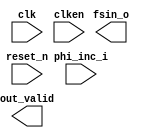
// Generated by NCO 12.1 [Altera, IP Toolbench 1.3.0 Build 177]
// ************************************************************
// THIS IS A WIZARD-GENERATED FILE. DO NOT EDIT THIS FILE!
// ************************************************************
// Copyright (C) 1991-2014 Altera Corporation
// Any megafunction design, and related net list (encrypted or decrypted),
// support information, device programming or simulation file, and any other
// associated documentation or information provided by Altera or a partner
// under Altera's Megafunction Partnership Program may be used only to
// program PLD devices (but not masked PLD devices) from Altera.  Any other
// use of such megafunction design, net list, support information, device
// programming or simulation file, or any other related documentation or
// information is prohibited for any other purpose, including, but not
// limited to modification, reverse engineering, de-compiling, or use with
// any other silicon devices, unless such use is explicitly licensed under
// a separate agreement with Altera or a megafunction partner.  Title to
// the intellectual property, including patents, copyrights, trademarks,
// trade secrets, or maskworks, embodied in any such megafunction design,
// net list, support information, device programming or simulation file, or
// any other related documentation or information provided by Altera or a
// megafunction partner, remains with Altera, the megafunction partner, or
// their respective licensors.  No other licenses, including any licenses
// needed under any third party's intellectual property, are provided herein.

module nco8m (
	phi_inc_i,
	clk,
	reset_n,
	clken,
	fsin_o,
	out_valid);

	input	[31:0]	phi_inc_i;
	input		clk;
	input		reset_n;
	input		clken;
	output	[9:0]	fsin_o;
	output		out_valid;
endmodule